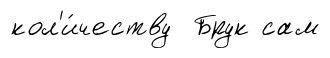
кол'и́честву Брук сам